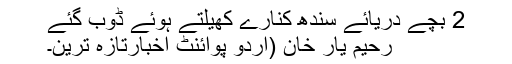
2 بچے دریائے سندھ کنارے کھیلتے ہوئے ڈوب گئے
رحیم یار خان (اُردو پوائنٹ اخبارتازہ ترین۔